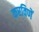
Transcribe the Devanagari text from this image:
करविणें